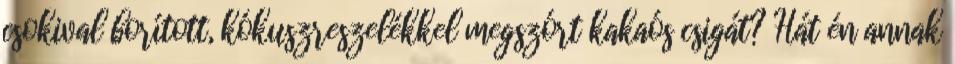
csokival borított, kókuszreszelékkel megszórt kakaós csigát? Hát én annak